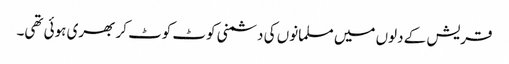
قریش کے دلوں میں مسلمانوں کی دشمنی کوٹ کوٹ کر بھری ہوئی تھی۔